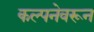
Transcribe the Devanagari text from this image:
कल्पनेवरून